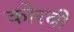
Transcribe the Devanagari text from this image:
कोरवी